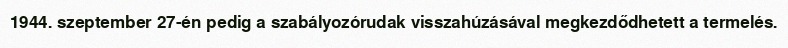
1944. szeptember 27-én pedig a szabályozórudak visszahúzásával megkezdődhetett a termelés.